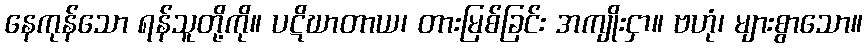
နေကုန်သော ရန်သူတို့ကို။ ပဋိဃာတာယ၊ တားမြစ်ခြင်း အကျိုးငှာ။ ဗဟုံ၊ များစွာသော။